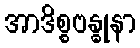
အာဒိစ္စဗန္ဓုနာ